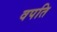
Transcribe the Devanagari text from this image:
वपति